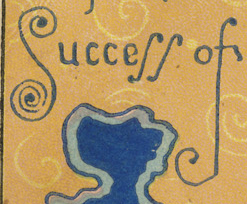
Success of